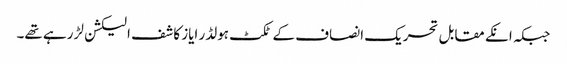
جبکہ انکے مقابل تحریک انصاف کے ٹکٹ ہولڈر ایاز کاشف الیکشن لڑ رہے تھے۔